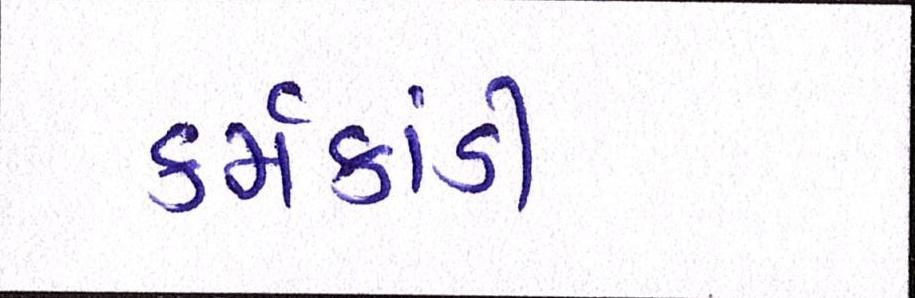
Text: કર્મકાંડી